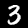
Label: 3